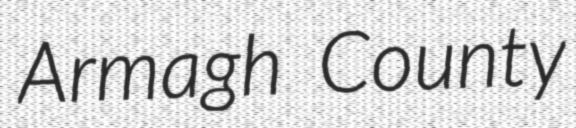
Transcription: Armagh County